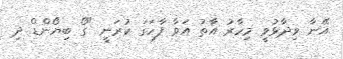
އޭނާ ވިދާޅުވީ މިހާރު އާތު އަވާ ފާހަގަ ކުރަނީ "ގޯ ބިޔޯންޑް ދި